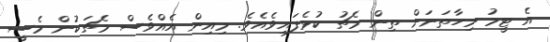
އެ ޓީމު މިހާތަނަށް ތިން މެޗު ކުޅެފައިވެއެވެ. މިއިން އެއްވެސް މެޗަކުން މެސީ